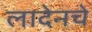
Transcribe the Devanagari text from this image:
लादेनचे